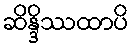
ဆိန္ဒိဿထာပိ